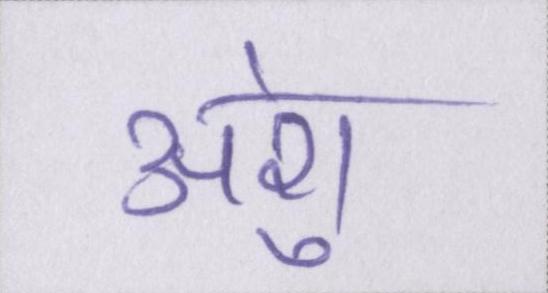
अंशु